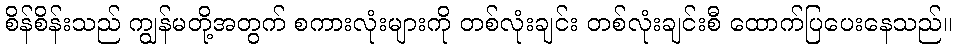
စိန်စိန်းသည် ကျွန်မတို့အတွက် စကားလုံးများကို တစ်လုံးချင်း တစ်လုံးချင်းစီ ထောက်ပြပေးနေသည်။